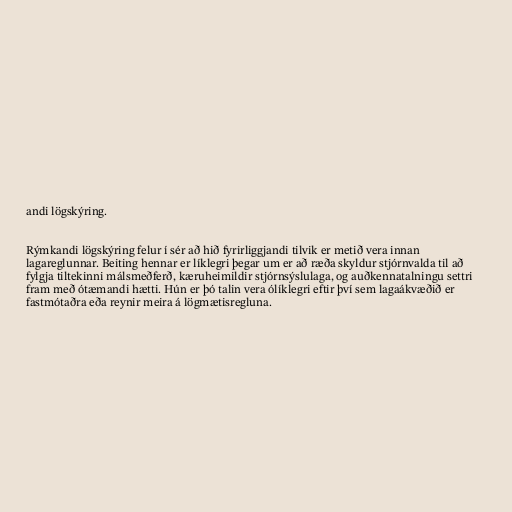
andi lögskýring.

Rýmkandi lögskýring felur í sér að hið fyrirliggjandi tilvik er metið vera innan
lagareglunnar. Beiting hennar er líklegri þegar um er að ræða skyldur stjórnvalda til að
fylgja tiltekinni málsmeðferð, kæruheimildir stjórnsýslulaga, og auðkennatalningu settri
fram með ótæmandi hætti. Hún er þó talin vera ólíklegri eftir því sem lagaákvæðið er
fastmótaðra eða reynir meira á lögmætisregluna.